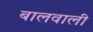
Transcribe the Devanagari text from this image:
बालवाली